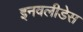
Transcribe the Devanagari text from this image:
इनवलीडेस